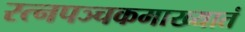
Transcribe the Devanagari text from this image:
रत्‍नपञ्चकमाख्यातं